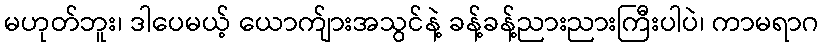
မဟုတ်ဘူး၊ ဒါပေမယ့် ယောက်ျားအသွင်နဲ့ ခန့်ခန့်ညားညားကြီးပါပဲ၊ ကာမရာဂ